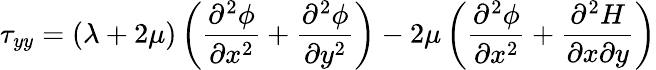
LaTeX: \tau_{yy}=\left(\lambda+2\mu\right)\left(\frac{\partial^{2}\phi}{\partial x^{2}}+\frac{\partial^{2}\phi}{\partial y^{2}}\right)-2\mu\left(\frac{\partial^{2}\phi}{\partial x^{2}}+\frac{\partial^{2}H}{\partial x\partial y}\right)